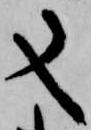
又